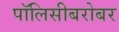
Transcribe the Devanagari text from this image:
पॉलिसीबरोबर